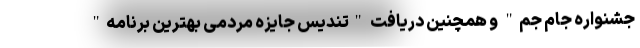
جشنواره جام ‌جم" و همچنين دريافت "تندیس جایزه مردمی بهترین برنامه"